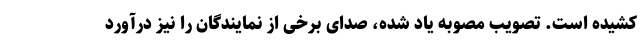
کشیده است. تصویب مصوبه یاد شده، صدای برخی از نمایندگان را نیز درآورد